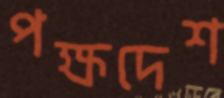
পক্ষদেশ